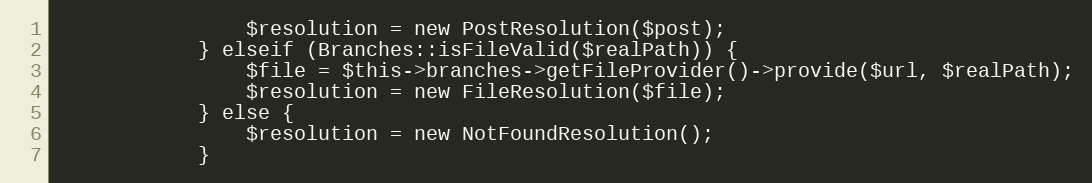
Language: PHP
                $resolution = new PostResolution($post);
            } elseif (Branches::isFileValid($realPath)) {
                $file = $this->branches->getFileProvider()->provide($url, $realPath);
                $resolution = new FileResolution($file);
            } else {
                $resolution = new NotFoundResolution();
            }